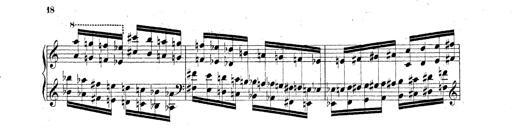
Title: Technische Studien
Composer: Franz Liszt